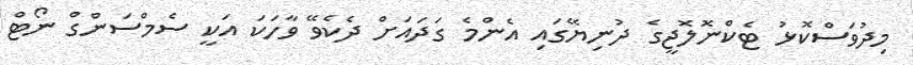
މިދުވަސްކޮޅު ޓެކްނޮލޮޖީގެ ދުނިޔޭގައި އެންމެ ގަދައަށް ދެކެވޭ ވާހަކަ އަކީ ސެމްސަންގް ނޯޓް